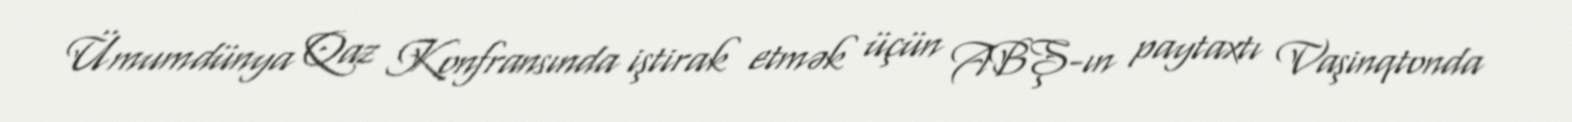
Ümumdünya Qaz Konfransında iştirak etmək üçün ABŞ-ın paytaxtı Vaşinqtonda